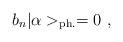
LaTeX: \begin{align*}b_{n} | \alpha >_{{\rm ph.}} = 0~, \end{align*}